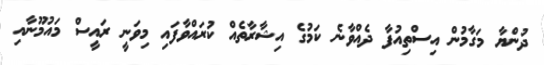
ދުންޔާ މަގާމުން އިސްތިއުފާ ދެއްވާނެ ކަމުގެ އިޝާރާތެއް ކުރައްވާފައި މިވަނީ ރައީސް މައުމޫނާއި